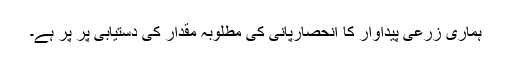
ہماری زرعی پیداوار کا انحصارپانی کی مطلوبہ مقدار کی دستیابی پر پر ہے۔